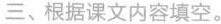
三、根据课文内容填空。